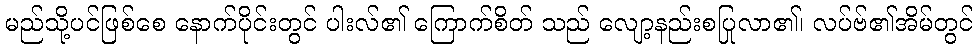
မည်သို့ပင်ဖြစ်စေ နောက်ပိုင်းတွင် ပါးလ်၏ ကြောက်စိတ် သည် လျော့နည်းစပြုလာ၏၊ လပ်ဗ်၏အိမ်တွင်